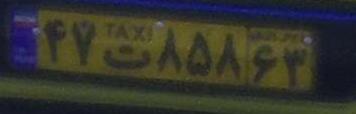
۴۷ت۸۵۸۶۳